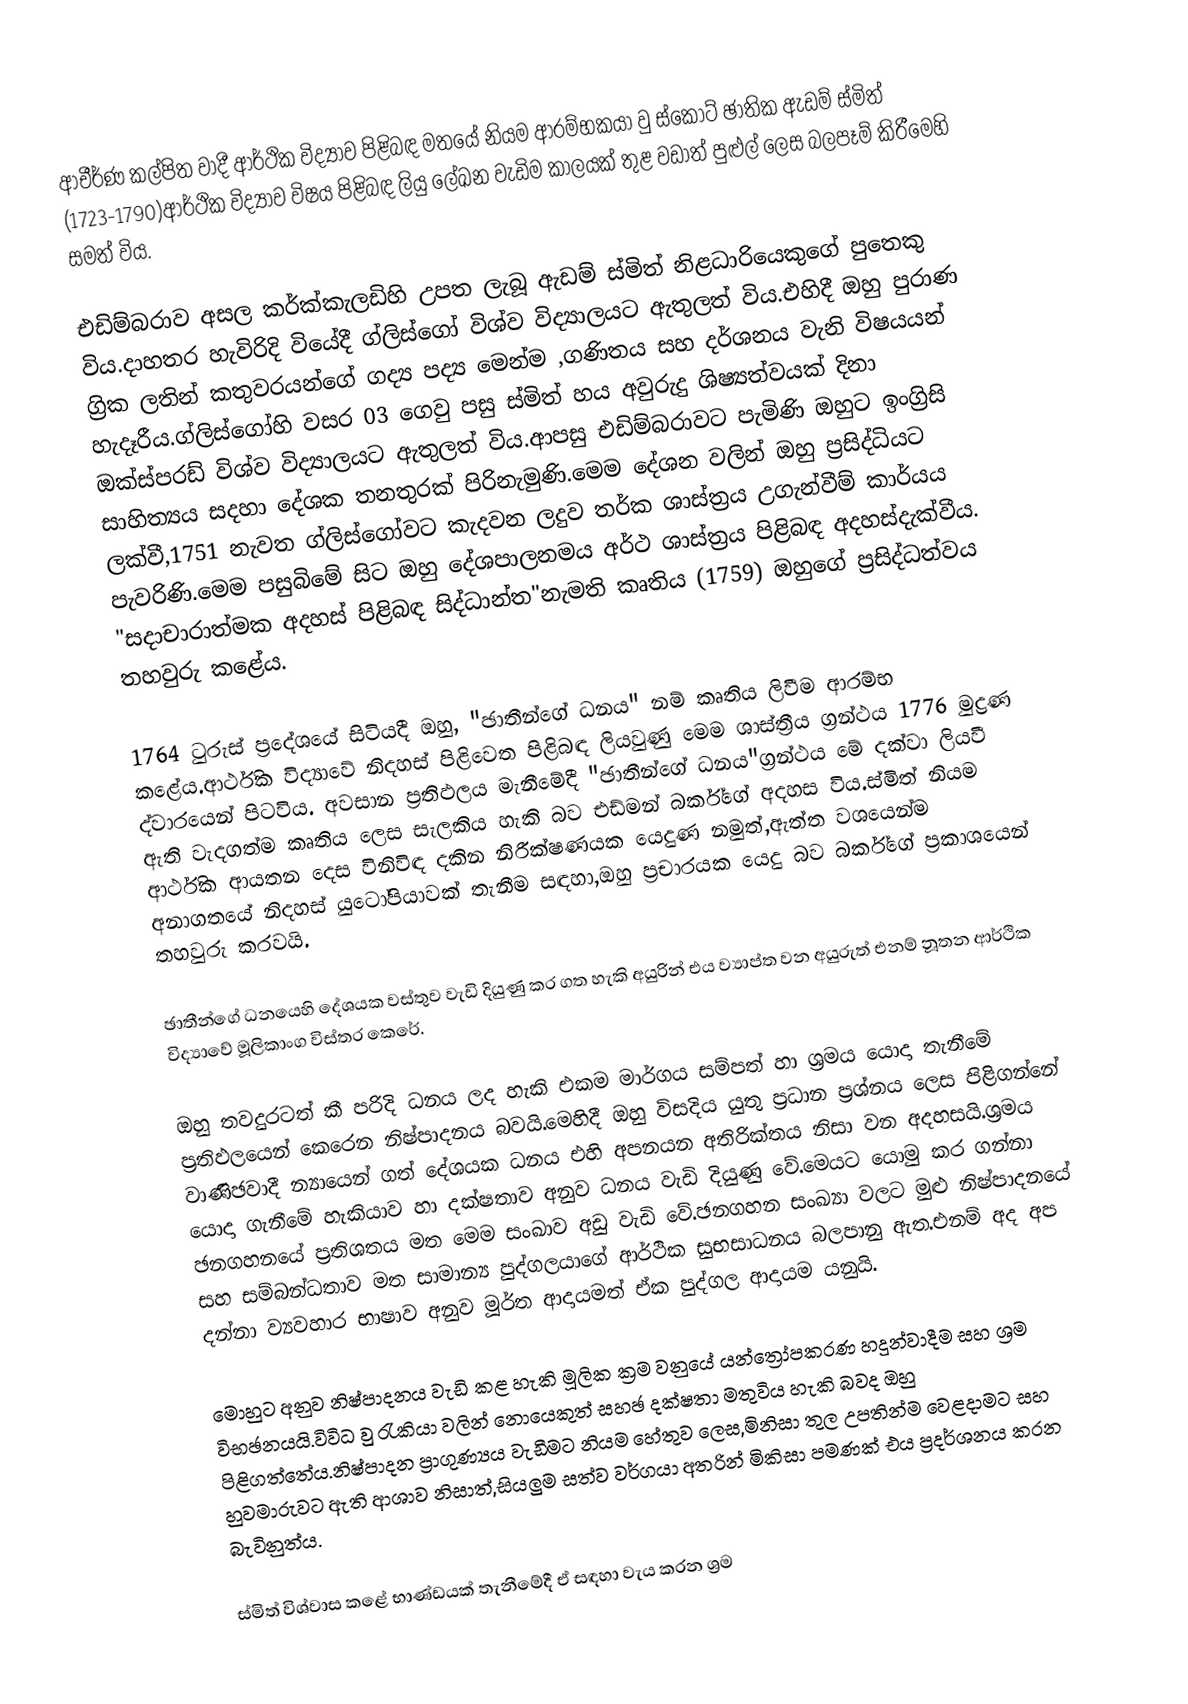
ආචීර්ණ කල්පිත වාදී ආර්ථික විද්‍යාව පිළිබඳ මතයේ නියම ආරම්භකයා වු ස්කොට් ඡාතික ඇඩම් ස්මිත් (1723-1790)ආර්ථික විද්‍යාව විෂය පිළිබඳ ලියු ලේඛන වැඩිම කාලයක් තුළ වඩාත් පුළුල් ලෙස බලපෑම් කිරීමෙහි සමත් විය.

එඩිම්බරාව අසල කර්ක්කැලඩිහි උපත ලැබූ ඇඩම් ස්මිත් නිළධාරියෙකුගේ පුතෙකු විය.දාහතර හැවිරිදි වියේදී ග්ලිස්ගෝ විශ්ව විද්‍යාලයට ඇතුලත් විය.එහිදී ඔහු පුරාණ ග්‍රික ලතින් කතුවරයන්ගේ ගද්‍ය පද්‍ය මෙන්ම ,ගණිතය සහ දර්ශනය වැනි විෂයයන් හැදෑරීය.ග්ලිස්ගෝහි වසර 03 ගෙවු පසු ස්මිත් හය අවුරුදු ශිෂ්‍යත්වයක් දිනා ඔක්ස්පරඩ් විශ්ව විද්‍යාලයට ඇතුලත් විය.ආපසු එඩිම්බරාවට පැමිණි ඔහුට ඉංග්‍රිසි සාහිත්‍යය සදහා දේශක තනතුරක් පිරිනැමුණි.මෙම දේශන වලින් ඔහු ප්‍රසිද්ධියට ලක්වී,1751 නැවත ග්ලිස්ගෝවට කැදවන ලදුව තර්ක ශාස්ත්‍රය උගැන්වීම් කාර්යය පැවරිණි.මෙම පසුබිමේ සිට ඔහු දේශපාලනමය අර්ථ ශාස්ත්‍රය පිළිබඳ අදහස්දැක්වීය. "සදාචාරාත්මක අදහස් පිළිබඳ සිද්ධාන්ත"නැමති කෘතිය (1759) ඔහුගේ ප්‍රසිද්ධත්වය තහවුරු කළේය.

1764 ටුරුස් ප්‍රදේශයේ සිටියදී ඔහු, "ඡාතීන්ගේ ධනය" නම් කෘතිය ලිවීම ආරම්භ කළේය.ආර්ථික විද්‍යාවේ නිදහස් පිළිවෙත පිළිබඳ ලියවුණු මෙම ශාස්ත්‍රීය ග්‍රන්ථය 1776 මුද්‍රණ ද්වාරයෙන් පිටවිය. අවසාන ප්‍රතිඵලය මැනීමේදී "ඡාතීන්ගේ ධනය"ග්‍රන්ථය මේ දක්වා ලියවී ඇති වැදගත්ම කෘතිය ලෙස සැලකිය හැකි බව එඩ්මන් බර්ක්ගේ අදහස විය.ස්මිත් නියම ආර්ථික ආයතන දෙස විනිවිඳ දකින නිරීක්ෂණයක යෙදුණ නමුත්,ඇත්ත වශයෙන්ම අනාගතයේ නිදහස් යුටෝපියාවක් තැනීම සඳහා,ඔහු ප්‍රචාරයක යෙදු බව බර්ක්ගේ ප්‍රකාශයෙන් තහවුරු කරවයි.

ඡාතීන්ගේ ධනයෙහි දේශයක වස්තුව වැඩි දියුණු කර ගත හැකි අයුරින් එය ව්‍යාප්ත වන අයුරුත් එනම් නූතන ආර්ථික විද්‍යා‍වේ මූලිකාංග විස්තර කෙරේ.

ඔහු තවදුරටත් කී පරිදි ධනය ලද හැකි එකම මාර්ගය සම්පත් හා ශ්‍රමය යොදා තැනීමේ ප්‍රතිඵලයෙන් කෙරෙන නිෂ්පාදනය බවයි.මෙහිදී ඔහු විසදිය යුතු ප්‍රධාන ප්‍රශ්නය ලෙස පිළිගන්නේ වාණිඡවාදී න්‍යායෙන් ගත් දේශයක ධනය එහි අපනයන අතිරික්තය නිසා වන අදහසයි.ශ්‍රමය යොදා ගැනීමේ හැකියාව හා දක්ෂතාව අනුව ධනය වැඩි දියුණු වේ.මෙයට යොමු කර ගන්නා ඡනගහනයේ ප්‍රතිශතය මත මෙම සංඛාව අඩු වැඩි වේ.ඡනගහන සංඛ්‍යා වලට මුළු නිෂ්පාදනයේ සහ සම්බන්ධතාව මත සාමාන්‍ය පුද්ගලයාගේ ආර්ථික සුභසාධනය බලපානු ඇත.එනම් අද අප දන්නා ව්‍යවහාර භාෂාව අනුව මූර්ත ආදායමත් ඒක පුද්ගල ආදායම යනුයි.

මොහුට අනුව නිෂ්පාදනය වැඩි කළ හැකි මූලික ක්‍රම වනුයේ යන්ත්‍රෝපකරණ හදුන්වාදීම සහ ශ්‍රම විභඡනයයි.විවිධ වු රැකියා වලින් නොයෙකුත් සහඡ දක්ෂතා මතුවිය හැකි බවද ඔහු පිළිගත්තේය.නිෂ්පාදන ප්‍රාගුණ්‍යය වැඩීමට නියම හේතුව ‍ලෙස,මිනිසා තුල උපතින්ම වෙළදාමට සහ හුවමාරුවට ඇති ආශාව නිසාත්,සියලුම සත්ව වර්ගයා අතරින් මිකිසා පමණක් එය ප්‍රදර්ශනය කරන බැවිනුත්ය.

ස්මිත් විශ්වාස කළේ භාණ්ඩයක් තැනීමේදී ඒ සඳහා වැය කරන ශ්‍රම